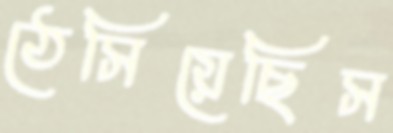
ঠেসিয়েছিস